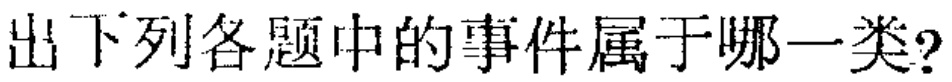
出下列各题中的事件属于哪一类?